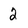
Character: 2